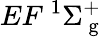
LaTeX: {EF}~^{1}{\Sigma}_{\mathrm{~g~}}^{+}